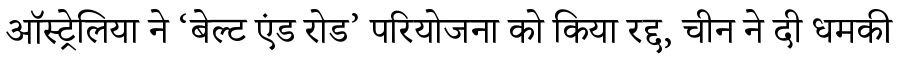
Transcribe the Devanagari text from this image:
ऑस्ट्रेलिया ने ‘बेल्ट एंड रोड’ परियोजना को किया रद्द, चीन ने दी धमकी